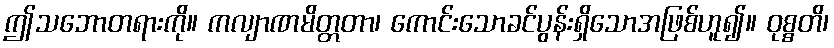
ဤသဘောတရားကို။ ကလျာဏမိတ္တတာ၊ ကောင်းသောခင်ပွန်းရှိသောအဖြစ်ဟူ၍။ ဝုစ္စတိ၊